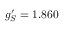
g _ { S } ^ { \prime } = 1 . 8 6 0